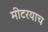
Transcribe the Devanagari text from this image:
मीटरयाच